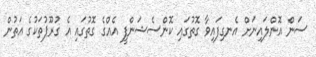
ސަން އޮންލައިނަށް އެނގިފައިވާ ގޮތުގައި ކޮންސެޝަންފީ އެއްގެ ގޮތުގައި އެ ގުރޫޕުތަކުގެ އަތުން